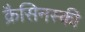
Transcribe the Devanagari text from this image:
क्रैसिनस्की